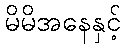
မိမိအနေနှင့်